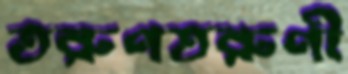
তরুণতরুণী